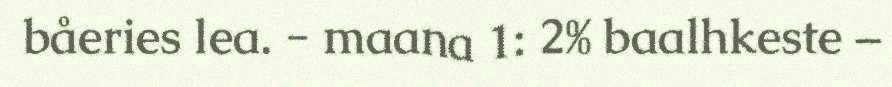
båeries lea. - maana 1: 2% baalhkeste –